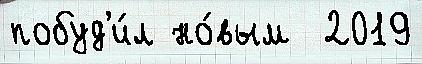
побуд'и́л но́вым  2019